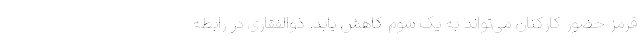
قرمز حضور کارکنان می‌تواند به یک سوم کاهش یابد. ذوالفقاری در رابطه